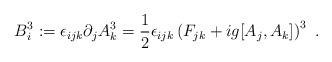
LaTeX: \begin{align*}B_{i}^{3} := \epsilon_{ijk} \partial_{j} A_{k}^{3} = \frac{1}{2}\epsilon_{ijk} \left( F_{jk} + ig [A_{j},A_{k}] \right)^{3} \ .\end{align*}